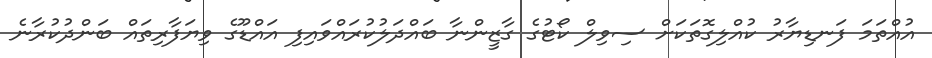
އުއްތަމަ ފަނޑިޔާރު ކުއްލިގޮތަކަށް ސިވިލް ކޯޓުގެ ގާޒީންނާ ބައްދަލުކުރައްވައިފި އައްޑޫގެ ވިޔަފާރިތައް ބަންދުކުރާނެ